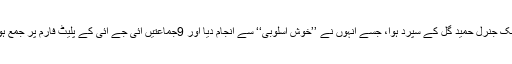
یہ ٹاسک جنرل حمید گل کے سپرد ہوا، جسے اُنہوں نے ’’خوش اسلوبی‘‘ سے انجام دیا اور 9جماعتیں آئی جے آئی کے پلیٹ فارم پر جمع ہوگئیں۔